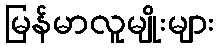
မြန်မာလူမျိုးများ